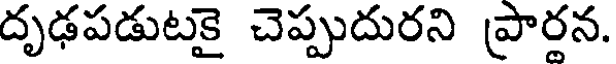
దృఢపడుటకై చెప్పుదురని ప్రారన.